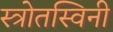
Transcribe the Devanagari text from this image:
स्त्रोतस्विनी